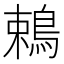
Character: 鵣